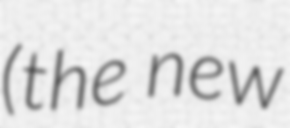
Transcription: (the new